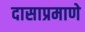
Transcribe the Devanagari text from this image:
दासाप्रमाणे